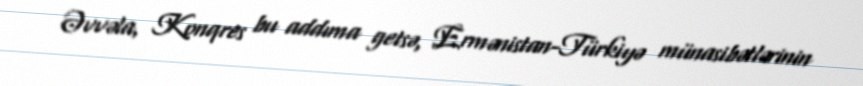
Əvvəla, Konqres bu addıma getsə, Ermənistan-Türkiyə münasibətlərinin